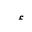
Letter: _hamza